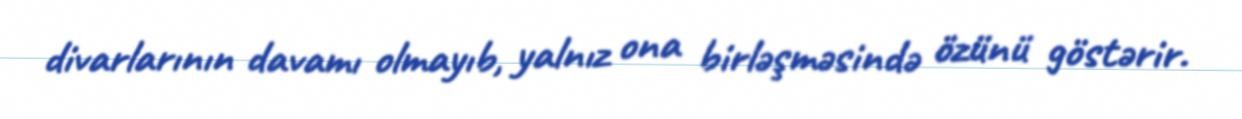
divarlarının davamı olmayıb, yalnız ona birləşməsində özünü göstərir.